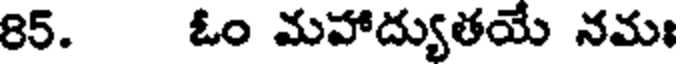
85. ఓం మహాద్యుతయే నమః